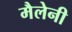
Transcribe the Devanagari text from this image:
मैलेनी